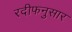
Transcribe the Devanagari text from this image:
रदीफनुसार